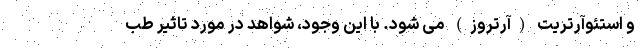
و استئوآرتریت (آرتروز) می شود. با این وجود، شواهد در مورد تاثیر طب